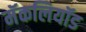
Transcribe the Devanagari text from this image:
मॅकलियॉड